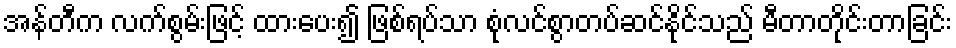
အန်တီက လက်စွမ်းဖြင့် ထားပေး၍ ဖြစ်ရပ်သာ စုံလင်စွာတပ်ဆင်နိုင်သည် မီတာတိုင်းတာခြင်း